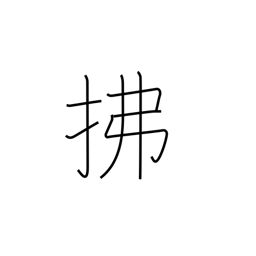
Meaning: sweep away